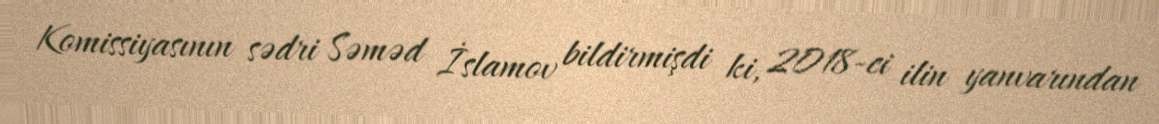
Komissiyasının sədri Səməd İslamov bildirmişdi ki, 2018-ci ilin yanvarından